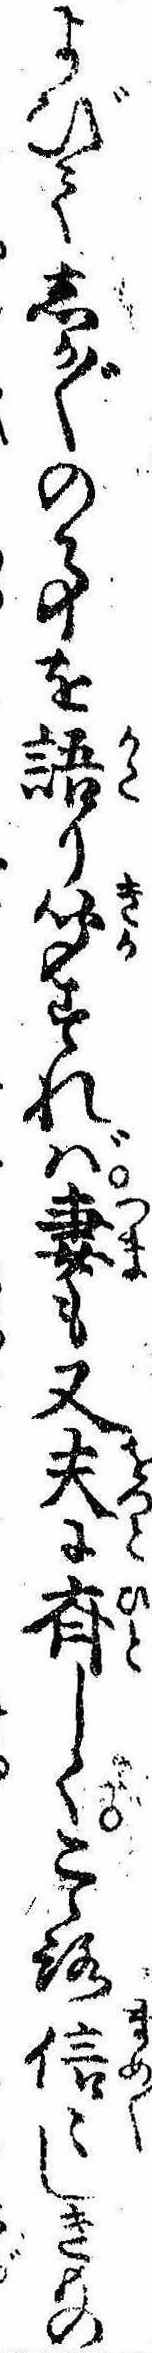
よびてしか〲の事を語り聞すれば妻も又夫に斉しくこゝろ信〻しきもの